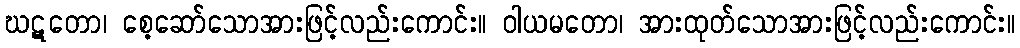
ဃဋတော၊ စေ့ဆော်သောအားဖြင့်လည်းကောင်း။ ဝါယမတော၊ အားထုတ်သောအားဖြင့်လည်းကောင်း။